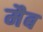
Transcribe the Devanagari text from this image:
मैब